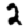
Digit: 2